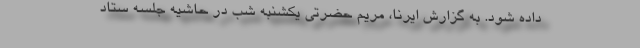
داده شود. به گزارش ایرنا، مریم حضرتی یکشنبه شب در حاشیه جلسه ستاد